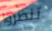
تنظروا